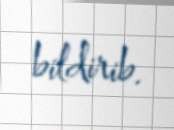
bildirib.